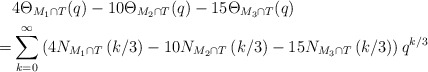
\begin{align*}&4\Theta_{M_1 \cap T}(q) - 10\Theta_{M_2\cap T}(q) - 15\Theta_{M_3\cap T}(q) \\ = &\sum_{k = 0}^\infty \left(4N_{M_1 \cap T}\left(k/3\right) - 10N_{M_2\cap T}\left(k/3\right) - 15N_{M_3\cap T}\left(k/3\right)\right)q^{k/3}\end{align*}